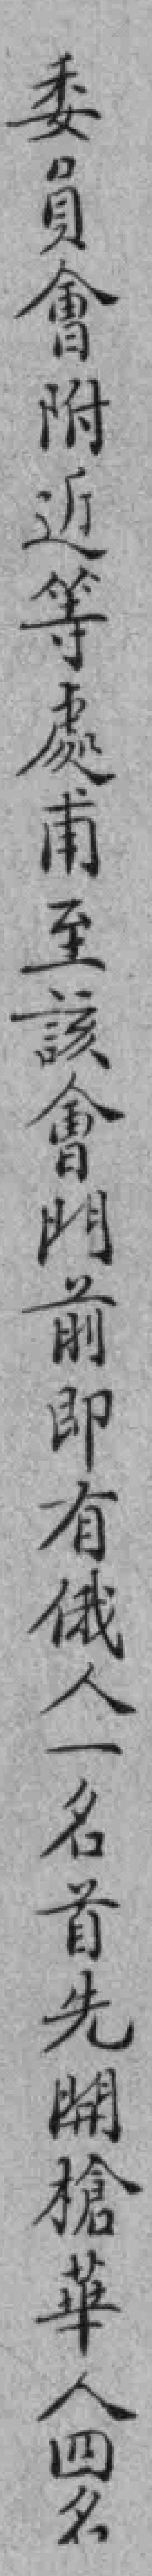
委員會附近等處甫至該會門前即有俄人一名首先開槍華人四名